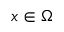
x \in \Omega